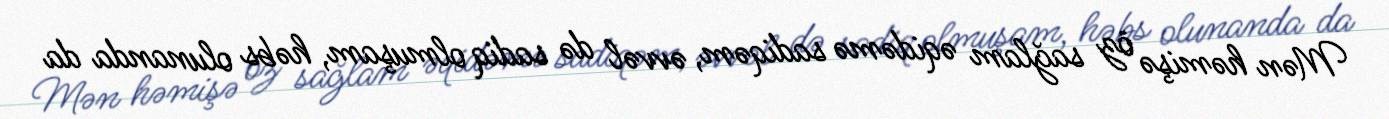
Mən həmişə öz sağlam əqidəmə sadiqəm, əvvəl də sadiq olmuşam, həbs olunanda da